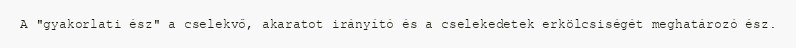
A "gyakorlati ész" a cselekvő, akaratot irányító és a cselekedetek erkölcsiségét meghatározó ész.